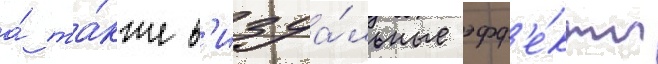
а́ та́кже в'изуа́льные эфф'е́кты